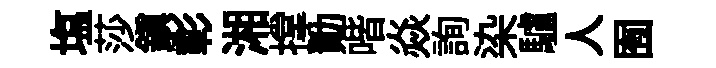
塩莎鎭彰湘撑勣喈焱詢染驢人囿